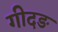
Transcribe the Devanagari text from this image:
गीदङ